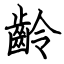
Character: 齡